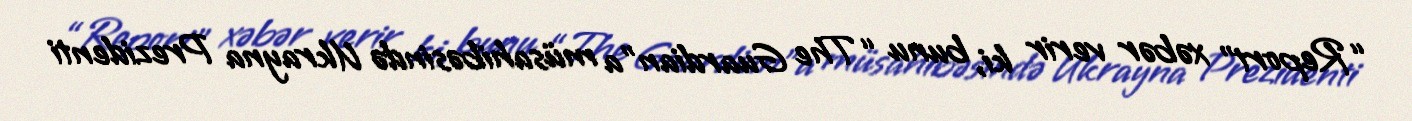
“Report” xəbər verir ki, bunu “The Guardian”a müsahibəsində Ukrayna Prezidenti